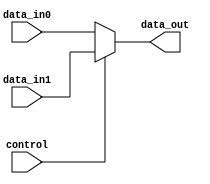
module multiplexer (
    input wire control,
    input wire data_in0,
    input wire data_in1,
    output reg data_out
);

always @* begin
    if (control)
        data_out = data_in1;
    else
        data_out = data_in0;
end

endmodule